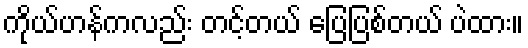
ကိုယ်ဟန်ကလည်း တင့်တယ် ပြေပြစ်တယ် ပဲထား။